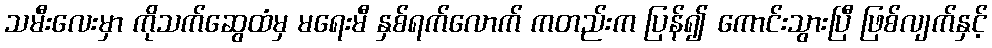
သမီးလေးမှာ ကိုသက်ဆွေထံမှ မရေးမီ နှစ်ရက်လောက် ကတည်းက ပြန်၍ ကောင်းသွားပြီ ဖြစ်လျက်နှင့်